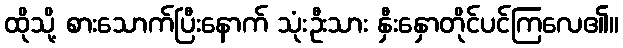
ထိုသို့ စားသောက်ပြီးနောက် သုံးဦးသား နှီးနှောတိုင်ပင်ကြလေ၏။